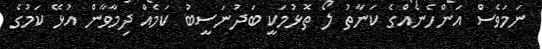
ނަމަވެސް އަންހެނެއްގެ ކަނާތު ލޯ ތޮޅުމަކީ ބަދުނަސީބު ކަމެއް ދިމާވާން އުޅޭ ކަމުގެ